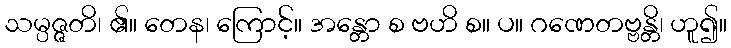
သမ္ပဇ္ဇတိ၊ ၏။ တေန၊ ကြောင့်။ အန္တော စ ဗဟိ စ။ ပ။ ဂဏေတဗ္ဗန္တိ၊ ဟူ၍။